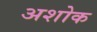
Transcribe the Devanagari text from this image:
अशोक